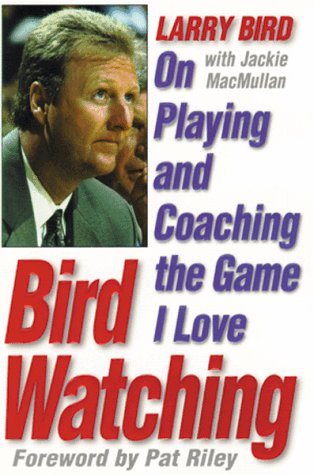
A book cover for Bird Watching: On Playing and Coaching the Game I Love; Larry Bird; Sports & Outdoors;